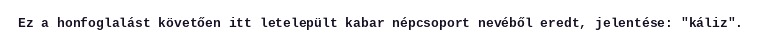
Ez a honfoglalást követően itt letelepült kabar népcsoport nevéből eredt, jelentése: "káliz".